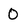
Character: 0